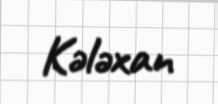
Kələxan